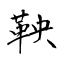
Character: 鞅